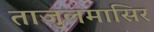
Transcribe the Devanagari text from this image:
ताजुलमासिर